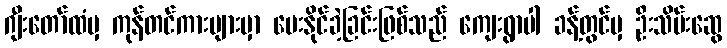
ဂျီးတော်ထံမှ ကုန်တင်ကားများမှာ ပေးနိုင်ခဲ့ခြင်းဖြစ်သည် ကျေးရွာပါ ခန့်တွင်မှ ဦးသိမ်းဆွေ